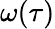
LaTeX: \omega(\tau)